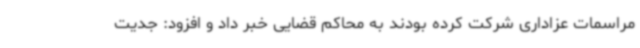
مراسمات عزاداری شرکت کرده بودند به محاکم قضایی خبر داد و افزود: جدیت